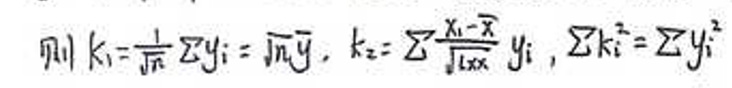
则\(  k_1 = \frac{1}{\sqrt{n}} \sum y_i = \sqrt{n} \bar{y}, \ k_2 = \sum \frac{x_i - \bar{x}}{\sqrt{l_{xx}}} y_i, \ \sum k_i^2 = \sum y_i^2\)